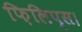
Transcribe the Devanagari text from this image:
फ़िलिप्स।